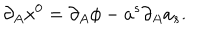
LaTeX: \partial _ { A } x ^ { 0 } = \partial _ { A } \phi - a ^ { s } \partial _ { A } a _ { s } .